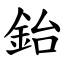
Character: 鈶